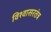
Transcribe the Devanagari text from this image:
विश्वासरतंत्र